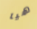
هيا